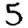
Digit: 5